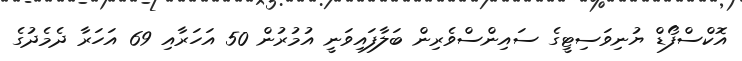
އޮކްސްފޯޑް ޔުނިވަސިޓީގެ ސައިންސްވެރިން ބަލާފައިވަނީ އުމުރުން 50 އަހަރާއި 69 އަހަރާ ދެމެދުގެ